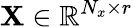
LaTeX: \mathbf{X}\in\mathbb{R}^{N_{x}\times r}